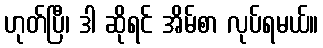
ဟုတ်ပြီ၊ ဒါ ဆိုရင် အိမ်စာ လုပ်ရမယ်။